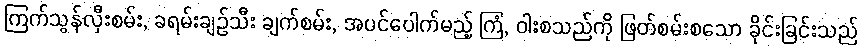
ကြက်သွန်လှီးစမ်း, ခရမ်းချဉ်သီး ချက်စမ်း, အပင်ပေါက်မည့် ကြံ, ဝါးစသည်ကို ဖြတ်စမ်းစသော ခိုင်းခြင်းသည်